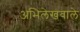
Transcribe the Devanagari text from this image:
अभिलेखवाले